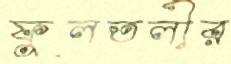
ফুলতলীর